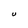
Character: U